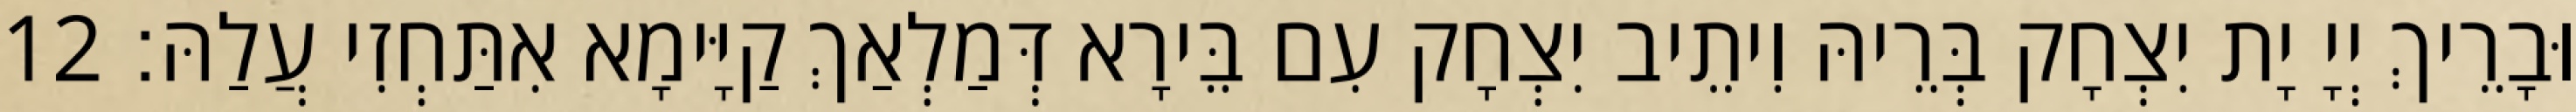
וּבָרֵיךְ יְיָ יָת יִצְחָק בְּרֵיהּ וִיתֵיב יִצְחָק עִם בֵּירָא דְּמַלְאַךְ קַיָּימָא אִתַּחְזִי עֲלַהּ׃ 12